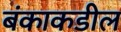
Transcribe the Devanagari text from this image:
बंकाकडील